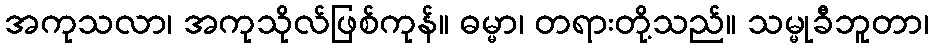
အကုသလာ၊ အကုသိုလ်ဖြစ်ကုန်။ ဓမ္မာ၊ တရားတို့သည်။ သမ္မုခီဘူတာ၊